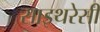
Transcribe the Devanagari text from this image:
साइथरेसी